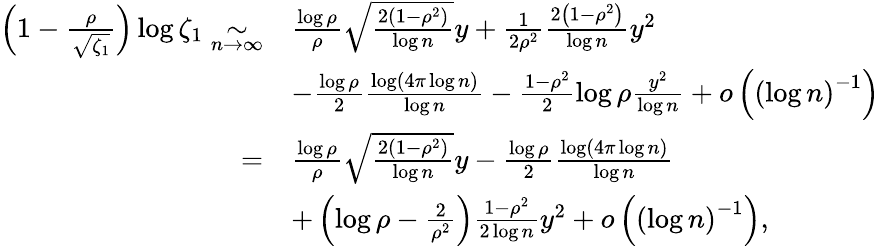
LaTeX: \begin{array}{rl}{\left(1-\frac{\rho}{\sqrt{\zeta_{1}}}\right)\log\zeta_{1}\underset{n\to\infty}{\sim}}&{\frac{\log\rho}{\rho}\sqrt{\frac{2(1-\rho^{2})}{\log n}}y+\frac{1}{2\rho^{2}}\frac{2\left(1-\rho^{2}\right)}{\log n}y^{2}}\\ &{-\frac{\log\rho}{2}\frac{\log\left(4\pi\log n\right)}{\log n}-\frac{1-\rho^{2}}{2}\log\rho\frac{y^{2}}{\log n}+o\left({(\log n)}^{-1}\right)}\\ {=}&{\frac{\log\rho}{\rho}\sqrt{\frac{2(1-\rho^{2})}{\log n}}y-\frac{\log\rho}2\frac{\log\left(4\pi\log n\right)}{\log n}}\\ &{+\left(\log\rho-\frac 2{\rho^{2}}\right)\frac{1-\rho^{2}}{2\log n}y^{2}+o\left({(\log n)}^{-1}\right),}\end{array}